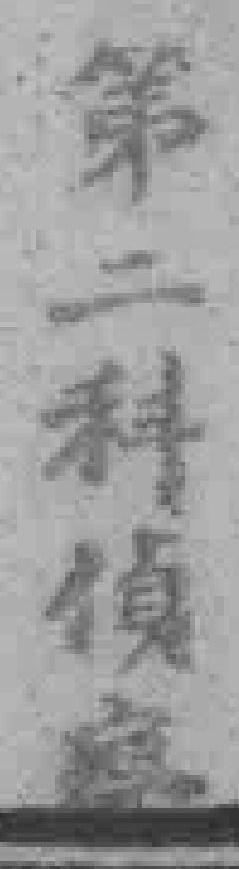
第二科偵察